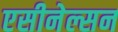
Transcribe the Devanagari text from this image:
एसीनेल्सन